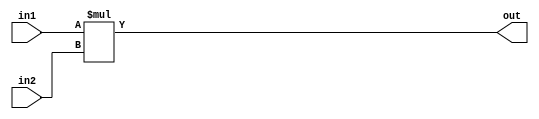
module multiply (in1, in2, out);
input [3:0] in1;
input [3:0] in2;
output wire[7:0] out;
assign out=in1*in2;
    
endmodule